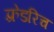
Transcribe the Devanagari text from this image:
फ़्रेडरिच